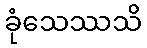
ခုံသေဿသိ